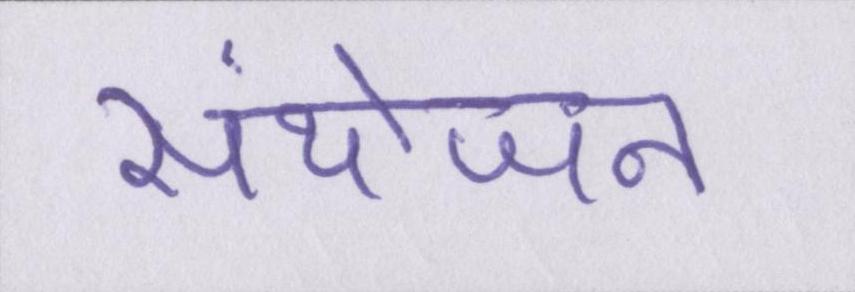
संयोजन